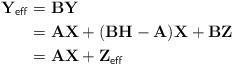
LaTeX: \begin{align*}\mathbf{Y}_{\sf eff} &= \mathbf{B} \mathbf{Y} \\&= \mathbf{A} \mathbf{X} + (\mathbf{B} \mathbf{H} - \mathbf{A}) \mathbf{X} + \mathbf{B} \mathbf{Z} \\&= \mathbf{A} \mathbf{X} + \mathbf{Z}_{\sf eff}\end{align*}